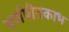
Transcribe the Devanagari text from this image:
पर्णपीतकाभ